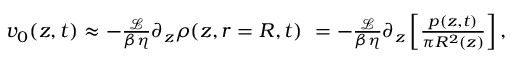
\begin{array} { r } { v _ { 0 } ( z , t ) \approx - \frac { \mathcal { L } } { \beta \eta } \partial _ { z } \rho ( z , r = R , t ) \ = - \frac { \mathcal { L } } { \beta \eta } \partial _ { z } \left[ \frac { p ( z , t ) } { \pi R ^ { 2 } ( z ) } \right] , } \end{array}